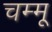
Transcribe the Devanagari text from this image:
चम्मू